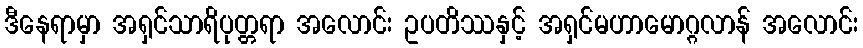
ဒီနေရာမှာ အရှင်သာရိပုတ္တရာ အလောင်း ဥပတိဿနှင့် အရှင်မဟာမောဂ္ဂလာန် အလောင်း